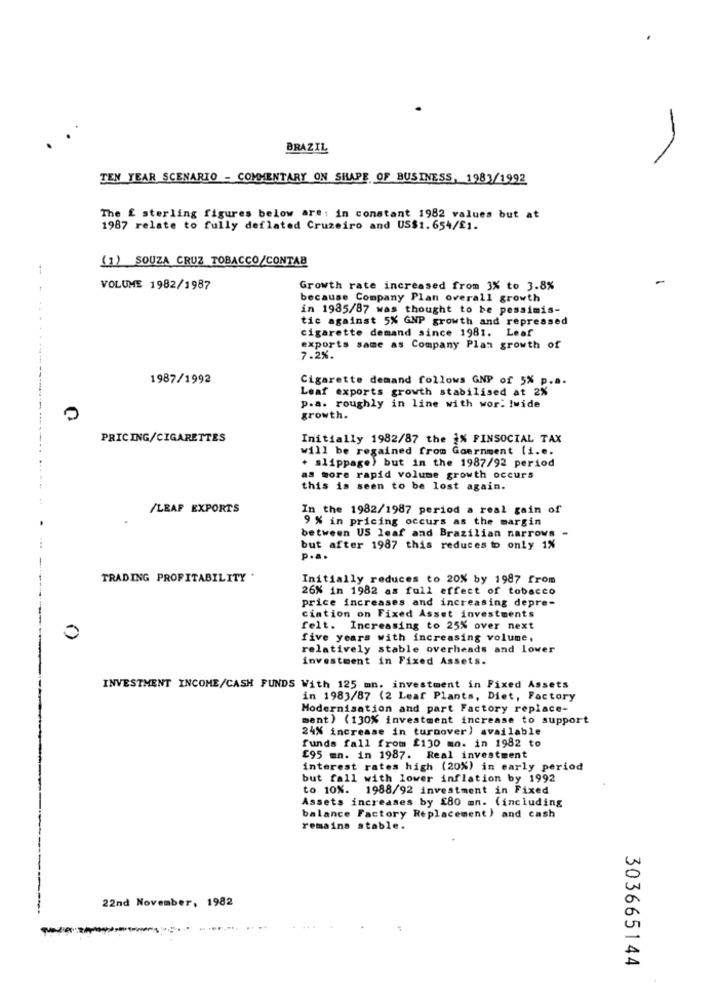
-
BRAZIL
TEN YEAR SCENARIO - COMMENTARY ON SHAPE OF BUSINESS, 1983/1992
The £ sterling figures below are: in constant 1982 values but at
1987 relate to fully deflated Cruzeiro and US$1.654/£1.
(1) SOUZA CRUZ TOBACCO/CONTAB
VOLUME 1982/1987
Growth rate increased from 3% to 3.8%
because Company Plan overall growth
in 1985/87 was thought to be pessimis-
tic against 5% GNP growth and repressed
cigarette demand since 1981. Leaf
exports same as Company Plan growth of
7.2%.
1987/1992
Cigarette demand follows GNP of 5% p.a.
Leaf exports growth stabilised at 2%
p.a. roughly in line with wor: lwide
0
growth.
PRICING/CIGARETTES
Initially 1982/87 the 1% FINSOCIAL TAX
will be regained from Goernment (i.e.
. slippage) but in the 1987/92 period
as more rapid volume growth occurs
this is seen to be lost again.
/LEAF EXPORTS
In the 1982/1987 period a real gain of
9 % in pricing occurs as the margin
between US leaf and Brazilian narrows -
but after 1987 this reduces to only 1%
p.a.
TRADING PROFITABILITY .
Initially reduces to 20% by 1987 from
26% in 1982 as full effect of tobacco
price increases and increasing depre-
ciation on Fixed Asset investments
felt. Increasing to 25% over next
0
five years with increasing volume.
----
relatively stable overheads and lower
investment in Fixed Assets.
INVESTMENT INCOME/CASH FUNDS With 125 mn. investment in Fixed Assets
in 1983/87 (2 Leaf Plants, Diet, Factory
Modernisation and part Factory replace-
ment) (130% investment increase to support
24% increase in turnover) available
funds fall from £130 mo. in 1982 to
£95 mn. in 1987. Real investment
interest rates high (20%) in early period
but fall with lower inflation by 1992
to 10%. 1988/92 investment in Fixed
Assets increases by £80 mn. (including
balance Factory Replacement ) and cash
remains stable.
-----
22nd November, 1982
303665144